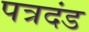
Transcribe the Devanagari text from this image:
पत्रदंड